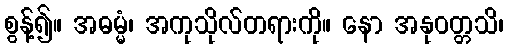
စွန့်၍။ အဓမ္မံ၊ အကုသိုလ်တရားကို။ နော အနုဝတ္တသိ၊